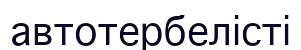
автотербелісті